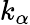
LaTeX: k_{\alpha}